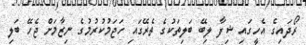
ރޯދައިގެ އެހީގައި ޝިފާ ލިބޭ ބަލިތަކުގެ ތެރޭގައި ހަޖަމުކުރުމުގެ ނިޒާމަށް ޖެހޭ ބަލި